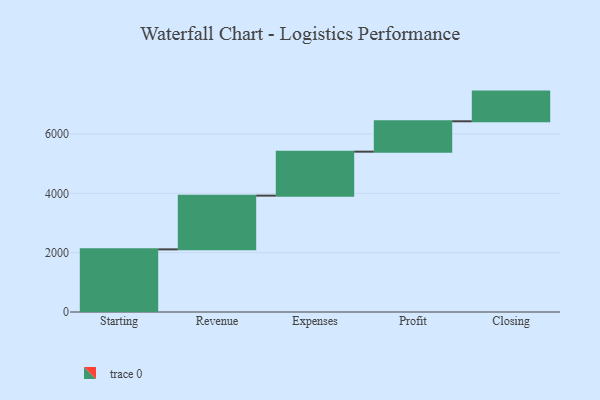
{"axis": {"x": "Step", "y": "Value"}, "legend": [""], "data": [{"x": "Starting", "y": 2111.0, "type": ""}, {"x": "Revenue", "y": 1810.0, "type": ""}, {"x": "Expenses", "y": 1482.0, "type": ""}, {"x": "Profit", "y": 1024.0, "type": ""}, {"x": "Closing", "y": 1000, "type": ""}]}